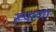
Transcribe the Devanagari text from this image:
रूपाणा